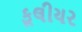
કૂલીયર